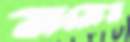
বারোয়